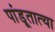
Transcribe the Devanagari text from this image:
पांडूतात्या